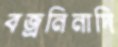
বজ্রনিনাদি